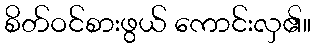
စိတ်ဝင်စားဖွယ် ကောင်းလှ၏။